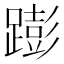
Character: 𰸫